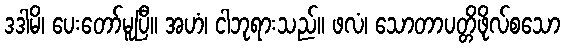
ဒဒါမိ၊ ပေးတော်မူပြီ။ အဟံ၊ ငါဘုရားသည်။ ဖလံ၊ သောတာပတ္တိဖိုလ်စသော